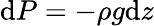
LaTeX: \mathrm{d}P=-\rho g\mathrm{d}z